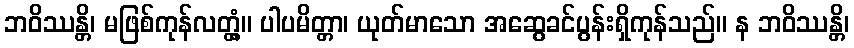
ဘဝိဿန္တိ၊ မဖြစ်ကုန်လတ္တံ့။ ပါပမိတ္တာ၊ ယုတ်မာသော အဆွေခင်ပွန်းရှိကုန်သည်။ န ဘဝိဿန္တိ၊